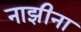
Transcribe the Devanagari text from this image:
नाझीना